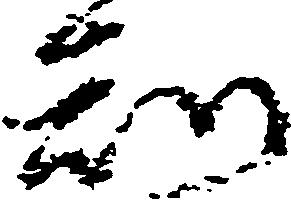
知